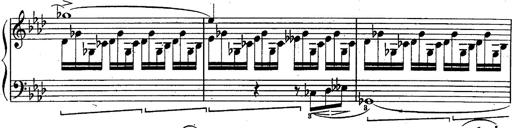
Title: Schubert's Impromptus [revised and edited by Franz Liszt]
Composer: Franz Liszt